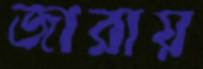
জারায়